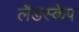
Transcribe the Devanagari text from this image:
लैडस्केप